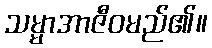
သမ္မာအာဇီဝမည်၏။